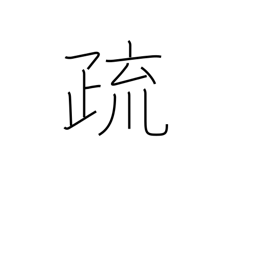
Meaning: note